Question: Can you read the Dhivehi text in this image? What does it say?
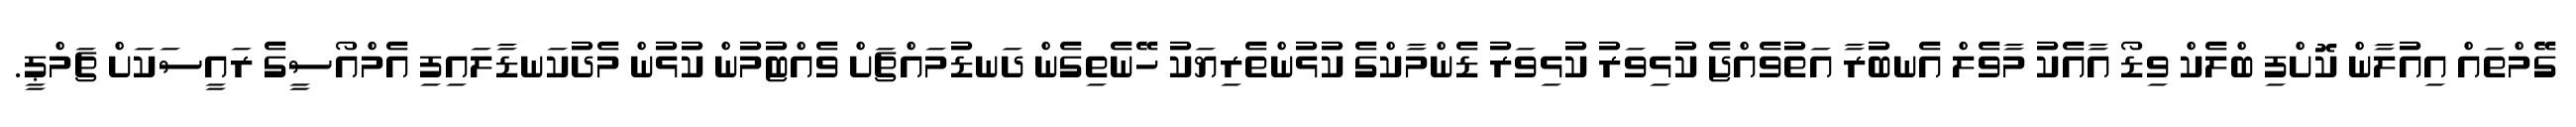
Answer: ގޭމްތައް އިއުލާން ކޮށްފި ބްލެކް ވިޑޯ އާއެކު މާވެލް އެނބުރާ އަތުވެއްޖެ ކުޅިވަރު ކުޅިވަރު ޑެންމާކްގެ ކުޅުންތެރިޔަކު ހޭނެތިގެން ދަނޑުމައްޗަށް ވެއްޓުމުން ކުޅުން މެދުކަނޑާލައިފި އެމްއޯސީގެ ރައީސަކަށް ޗަމްޕީ.